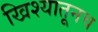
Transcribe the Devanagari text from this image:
खिश्यातूनच